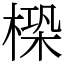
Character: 㮪